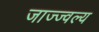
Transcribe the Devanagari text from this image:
जाज्ज्वल्य